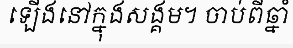
ឡើងនៅក្នុងសង្គម។ ចាប់ពីឆ្នាំ